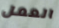
العمل